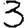
Digit: 3